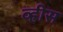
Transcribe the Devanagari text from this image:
व्ह्रीस